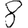
Digit: 8